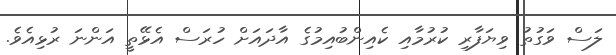
ލަސް ވަގުތު ވިޔަފާރި ކުރުމާއި ކެއިންބުއިމުގެ އާދައަށް ހުރަސް އެޅޭތީ އަންނަ ރުޅިއެވެ.